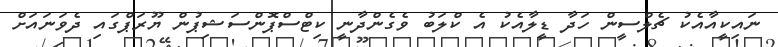
ނައިކީއާއެކު ޗެލްސީން ހަދާ ޑީލާއެކު އެ ކްލަބު ވެގެންދާނީ ކިޓްސްޕޮންސަޝިޕުން ޔޫރަޕްގައި ދެވަނައަށް